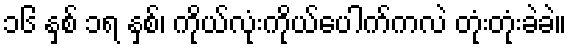
၁၆ နှစ် ၁ရ နှစ်၊ ကိုယ်လုံးကိုယ်ပေါက်ကလဲ တုံးတုံးခဲခဲ။